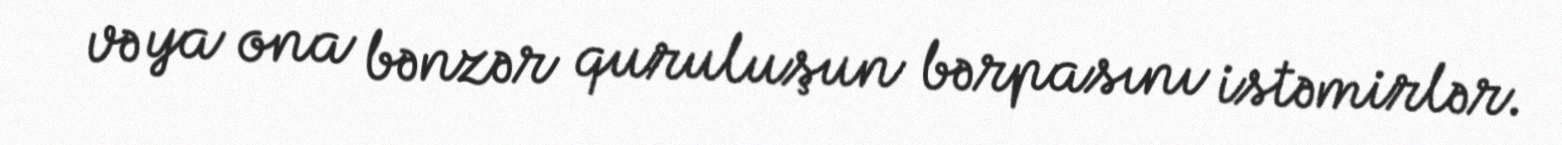
və ya ona bənzər quruluşun bərpasını istəmirlər.